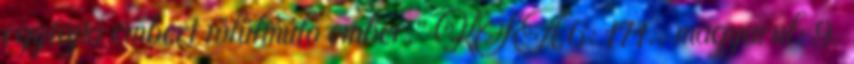
egyfajta embert fölülmúló ember.” KSA 6: 171., magyarul: 9.